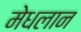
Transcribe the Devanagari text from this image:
मेधलान